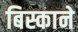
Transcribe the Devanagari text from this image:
बिस्काने